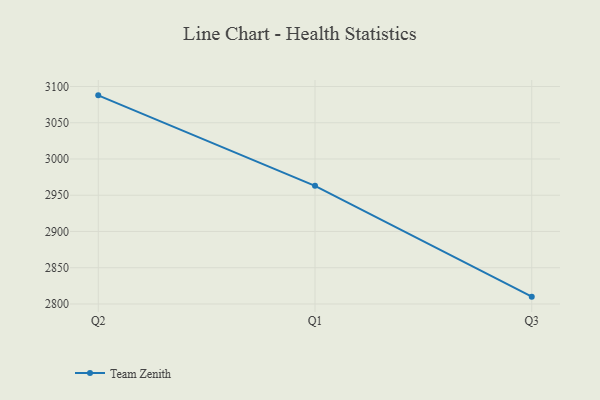
{"axis": {"x": "Quarter", "y": "Market Share (%)"}, "legend": ["Team Zenith"], "data": [{"x": "Q2", "y": 3087.8, "type": "Team Zenith"}, {"x": "Q1", "y": 2963.0, "type": "Team Zenith"}, {"x": "Q3", "y": 2810.1, "type": "Team Zenith"}]}